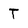
Character: t